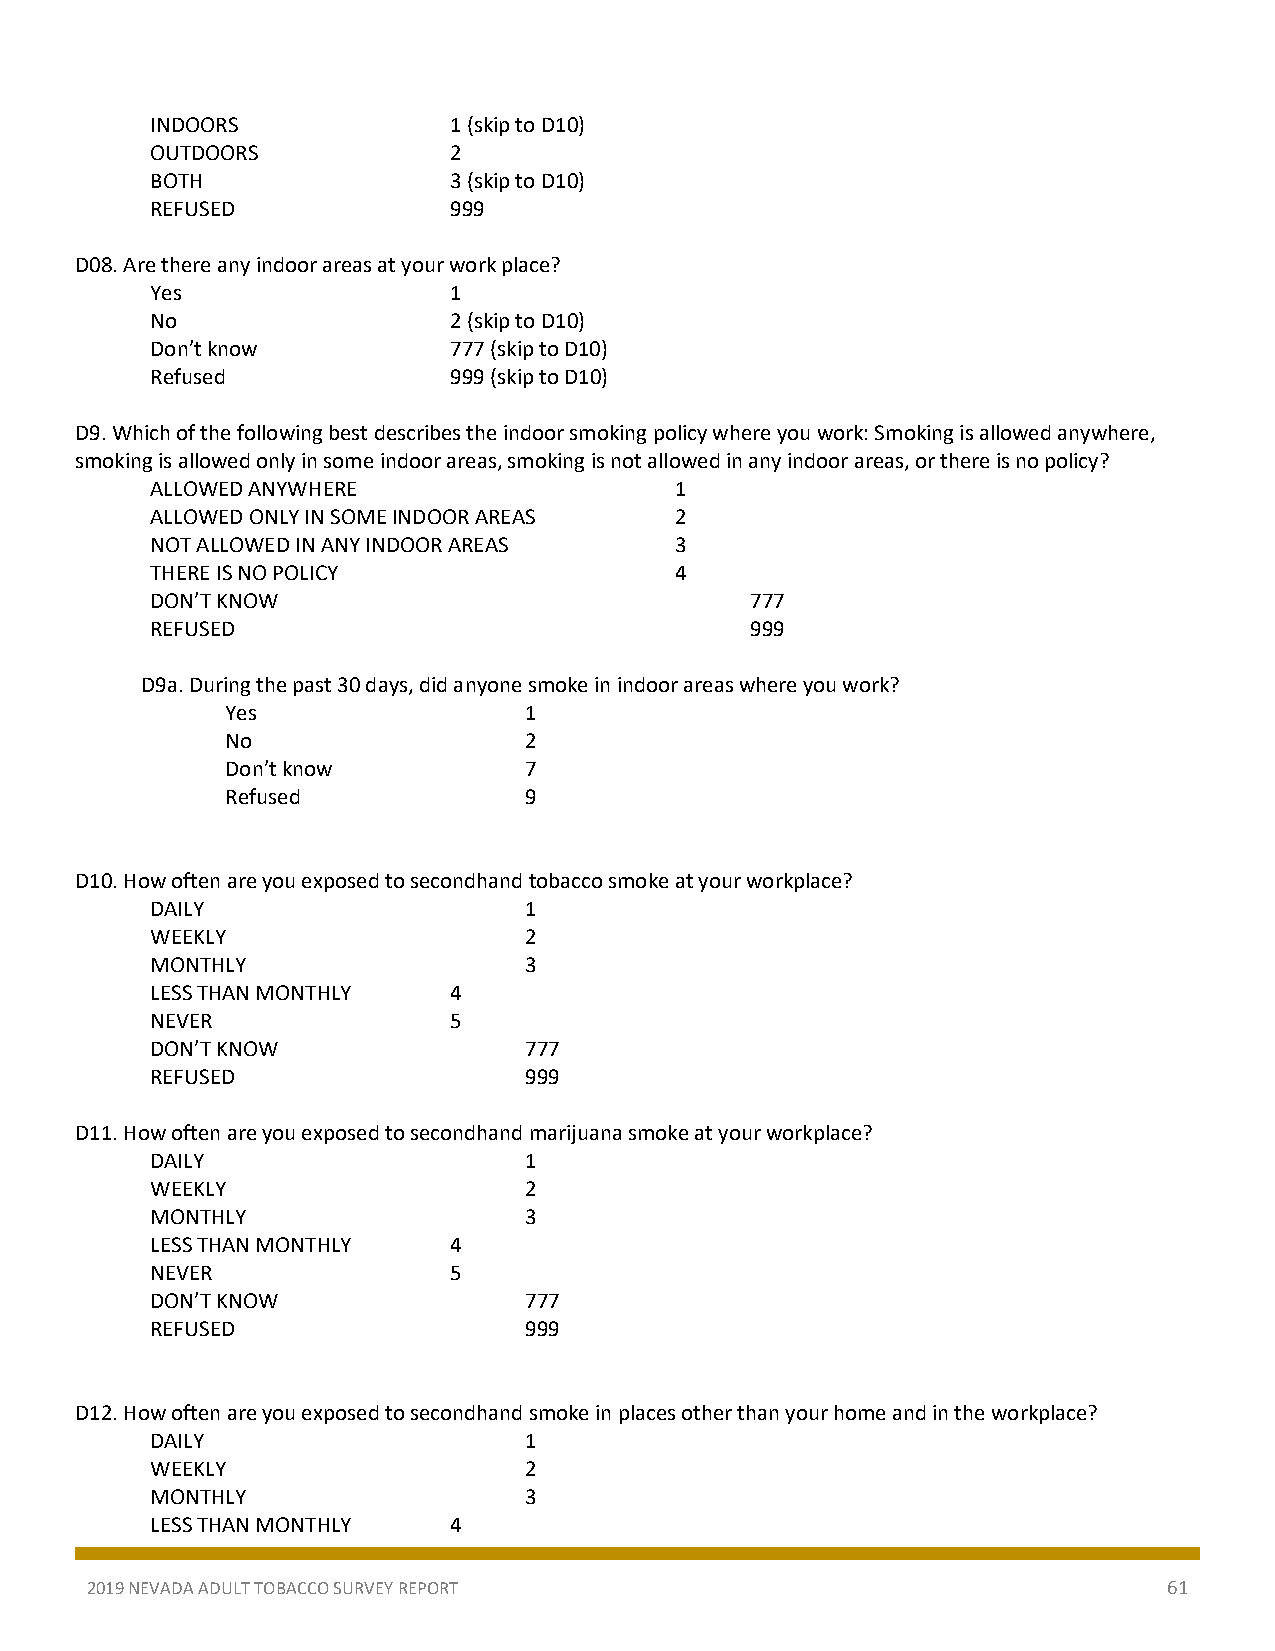
INDOORS             1 (skip to D10)
 OUTDOORS            2
 BOTH                3 (skip to D10)
 REFUSED             999
 D08. Are there any indoor areas at your work place?
 Yes                 1
 No                  2 (skip to D10)
 Don’t know          777 (skip to D10)
 Refused             999 (skip to D10)
 D9. Which of the following best describes the indoor smoking policy where you work: Smoking is allowed anywhere,
 smoking is allowed only in some indoor areas, smoking is not allowed in any indoor areas, or there is no policy?
 ALLOWED ANYWHERE                   1
 ALLOWED ONLY IN SOME INDOOR AREAS  2
 NOT ALLOWED IN ANY INDOOR AREAS    3
 THERE IS NO POLICY                 4
 DON’T KNOW                              777
 REFUSED                                 999
 D9a. During the past 30 days, did anyone smoke in indoor areas where you work?
 Yes                 1
 No                  2
 Don’t know          7
 Refused             9
 D10. How often are you exposed to secondhand tobacco smoke at your workplace?
 DAILY                    1
 WEEKLY                   2
 MONTHLY                  3
 LESS THAN MONTHLY   4
 NEVER               5
 DON’T KNOW               777
 REFUSED                  999
 D11. How often are you exposed to secondhand marijuana smoke at your workplace?
 DAILY                    1
 WEEKLY                   2
 MONTHLY                  3
 LESS THAN MONTHLY   4
 NEVER               5
 DON’T KNOW               777
 REFUSED                  999
 D12. How often are you exposed to secondhand smoke in places other than your home and in the workplace?
 DAILY                    1
 WEEKLY                   2
 MONTHLY                  3
 LESS THAN MONTHLY   4
 2019 NEVADA ADULT TOBACCO SURVEY REPORT                                61